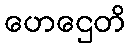
ဟေဌေတိ